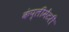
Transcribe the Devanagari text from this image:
कंप्लीमेंटरी